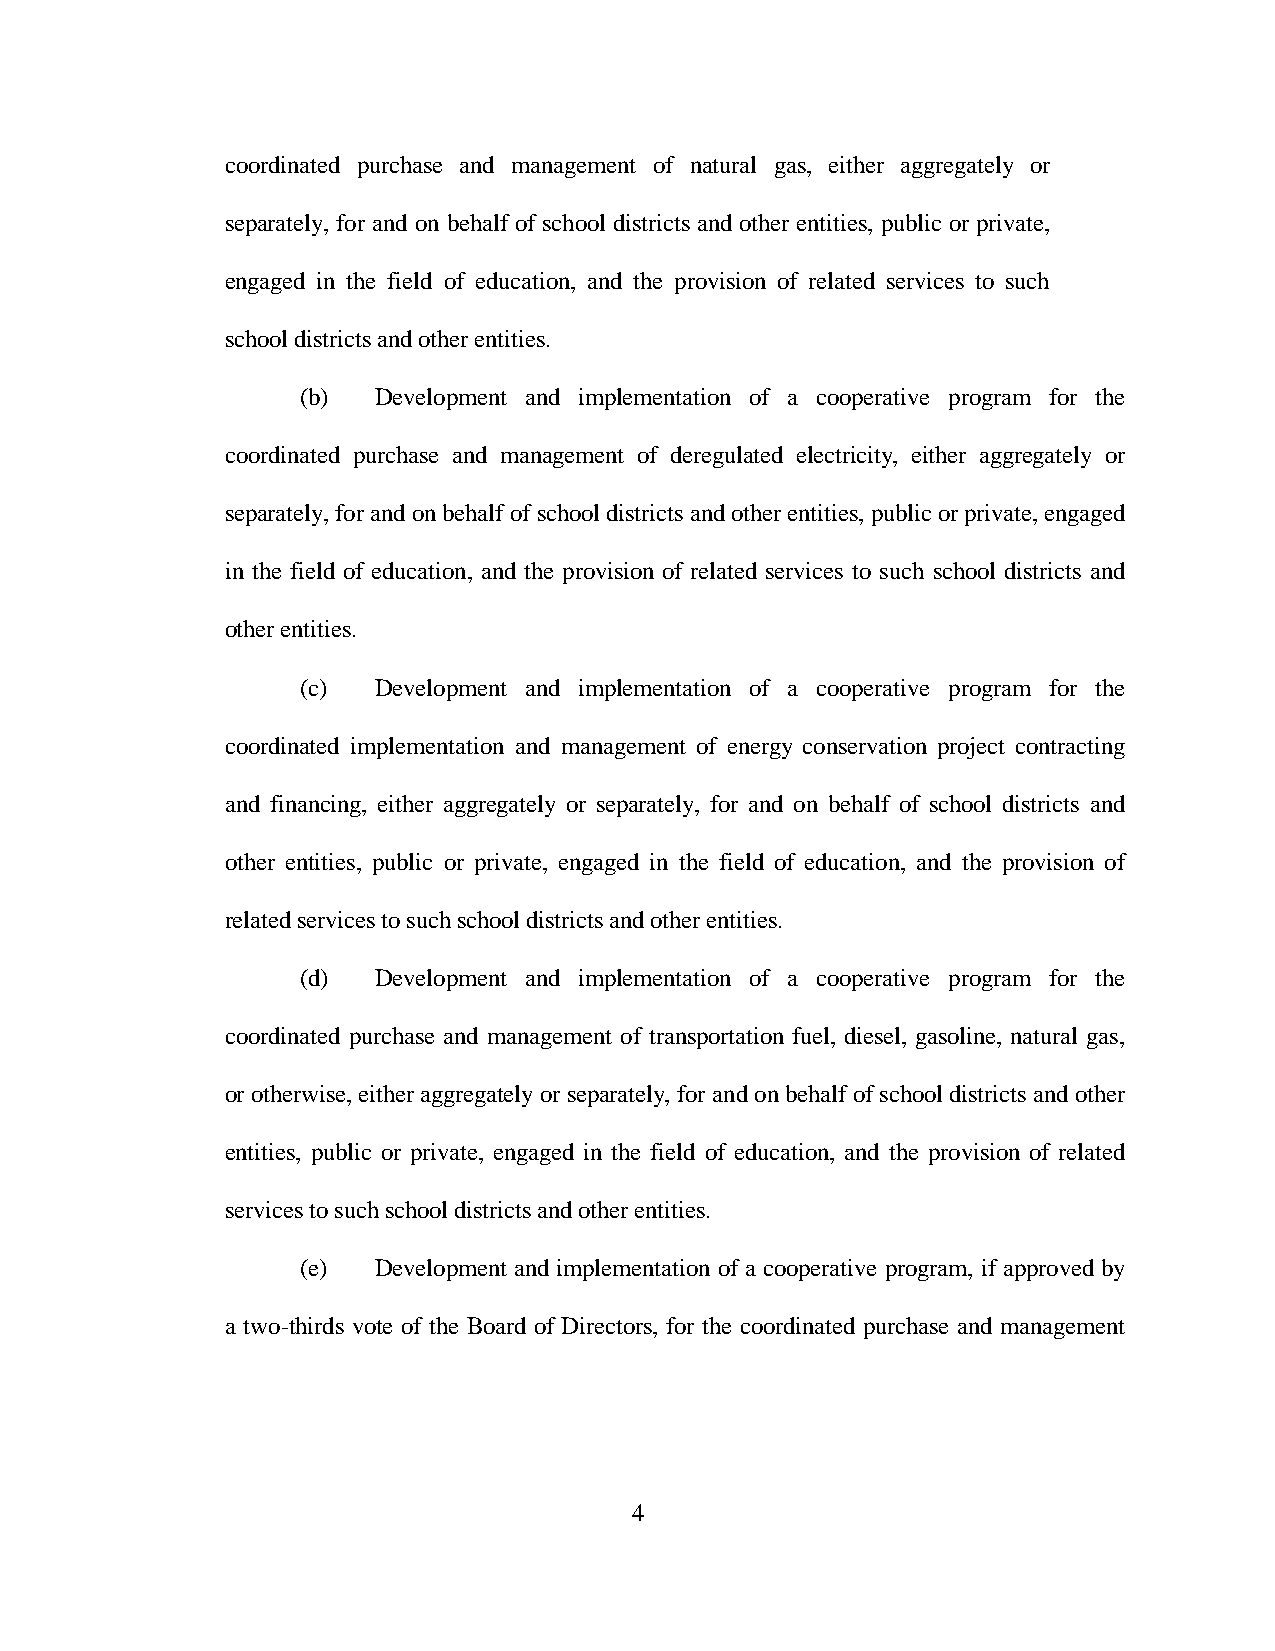
coordinated purchase and management of natural gas, either aggregately or
 separately, for and on behalf of school districts and other entities, public or private,
 engaged in the field of education, and the provision of related services to such
 school districts and other entities.
 (b)  Development and implementation of a cooperative program for the
 coordinated purchase and management of deregulated electricity, either aggregately or
 separately, for and on behalf of school districts and other entities, public or private, engaged
 in the field of education, and the provision of related services to such school districts and
 other entities.
 (c)  Development and implementation of a cooperative program for the
 coordinated implementation and management of energy conservation project contracting
 and financing, either aggregately or separately, for and on behalf of school districts and
 other entities, public or private, engaged in the field of education, and the provision of
 related services to such school districts and other entities.
 (d)  Development and implementation of a cooperative program for the
 coordinated purchase and management of transportation fuel, diesel, gasoline, natural gas,
 or otherwise, either aggregately or separately, for and on behalf of school districts and other
 entities, public or private, engaged in the field of education, and the provision of related
 services to such school districts and other entities.
 (e)  Development and implementation of a cooperative program, if approved by
 a two-thirds vote of the Board of Directors, for the coordinated purchase and management
 4